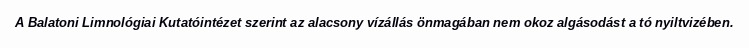
A Balatoni Limnológiai Kutatóintézet szerint az alacsony vízállás önmagában nem okoz algásodást a tó nyiltvizében.